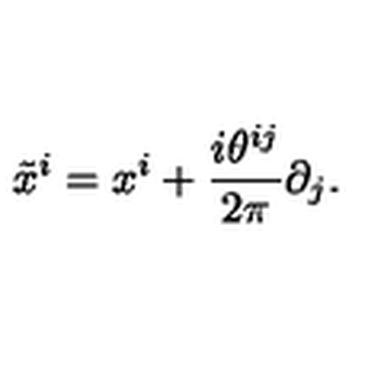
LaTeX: \tilde { x } ^ { i } = x ^ { i } + \frac { i \theta ^ { i j } } { 2 \pi } \partial _ { j } .